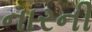
નારની